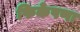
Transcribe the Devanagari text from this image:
फिकेपणा